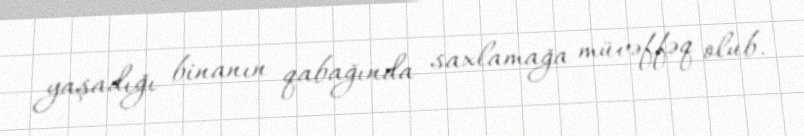
yaşadığı binanın qabağında saxlamağa müvəffəq olub.